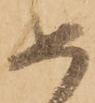
如